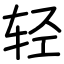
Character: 轻